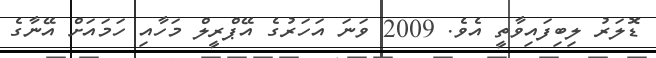
ޑޮލަރު ލިބިފައިވާތީ އެވެ. 2009 ވަނަ އަހަރުގެ އޭޕްރީލް މަހާއި ހަމައަށް އޭނާގެ